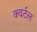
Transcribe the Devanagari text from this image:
क्वर्टल